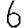
Digit: 6